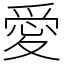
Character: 愛